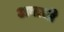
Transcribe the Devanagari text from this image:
अबाची